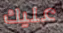
عليك